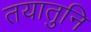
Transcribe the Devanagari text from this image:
तयातुनि